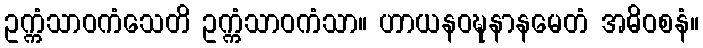
ဥက္ကံသာဝကံသေတိ ဥက္ကံသာဝကံသာ။ ဟာယနဝဍ္ဎနာနမေတံ အဓိဝစနံ။